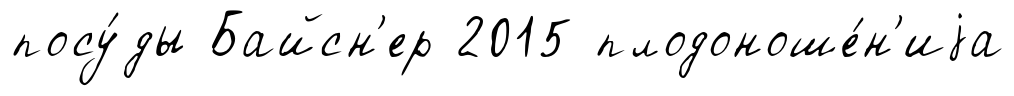
посу́ды Байсн'ер 2015 плодоноше́н'иjа